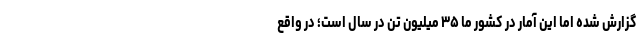
گزارش شده اما این آمار در کشور ما ۳۵ میلیون تن در سال است؛ در واقع